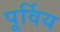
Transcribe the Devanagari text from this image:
पूर्विय